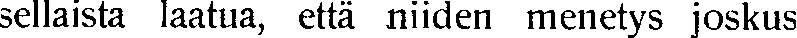
sellaista laatua, että niiden menetys joskus